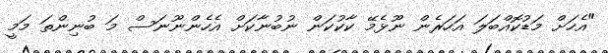
"އެހަށް މަޑުކޮއްބަލަ އަހަރެން ނޫޅެމޭ ކާކުކަން ނުބުނާކަށް އެހެންނޫނަސް މަ ބުނިންތަ މަމީ